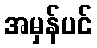
အမှန်ပင်